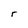
Character: r